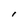
Character: I